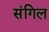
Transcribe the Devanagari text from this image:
संगिल